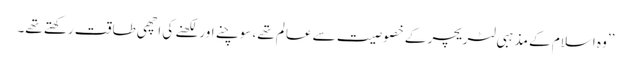
’’وہ اسلام کے مذہبی لٹریچر کے خصوصیت سے عالم تھے، سوچنے اور لکھنے کی اچھی طاقت رکھتے تھے۔